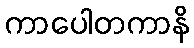
ကာပေါတကာနိ